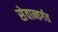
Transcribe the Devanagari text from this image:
सेवान्तर्गत